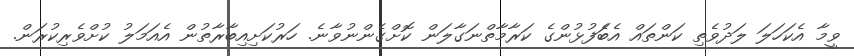
ވީމާ އެކަހަލަ ލަދުވެތި ކަންތައް އެބަެފުޅުންގެ ކަރާމާތްނަގާލަން ކޮށްގެންނުވާނެ. ހަރުކަށިއިބާރާތުން އެއަމަލު ކުށްވެރިކުރަން.